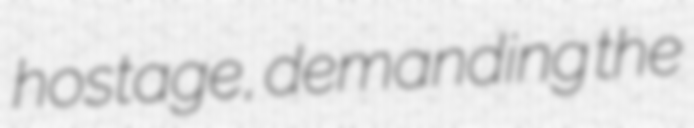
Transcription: hostage, demanding the